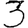
Digit: 3